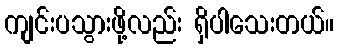
ကျင်းပသွားဖို့လည်း ရှိပါသေးတယ်။